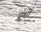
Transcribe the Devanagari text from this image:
प्रंथों